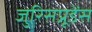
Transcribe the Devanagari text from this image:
जुरिसप्रूडेंस